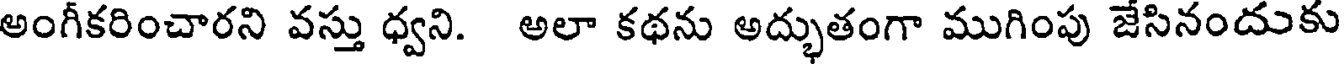
అంగీకరించారని వస్తు ధ్వని. అలా కథను అద్భుతంగా ముగింపు జేసినందుకు